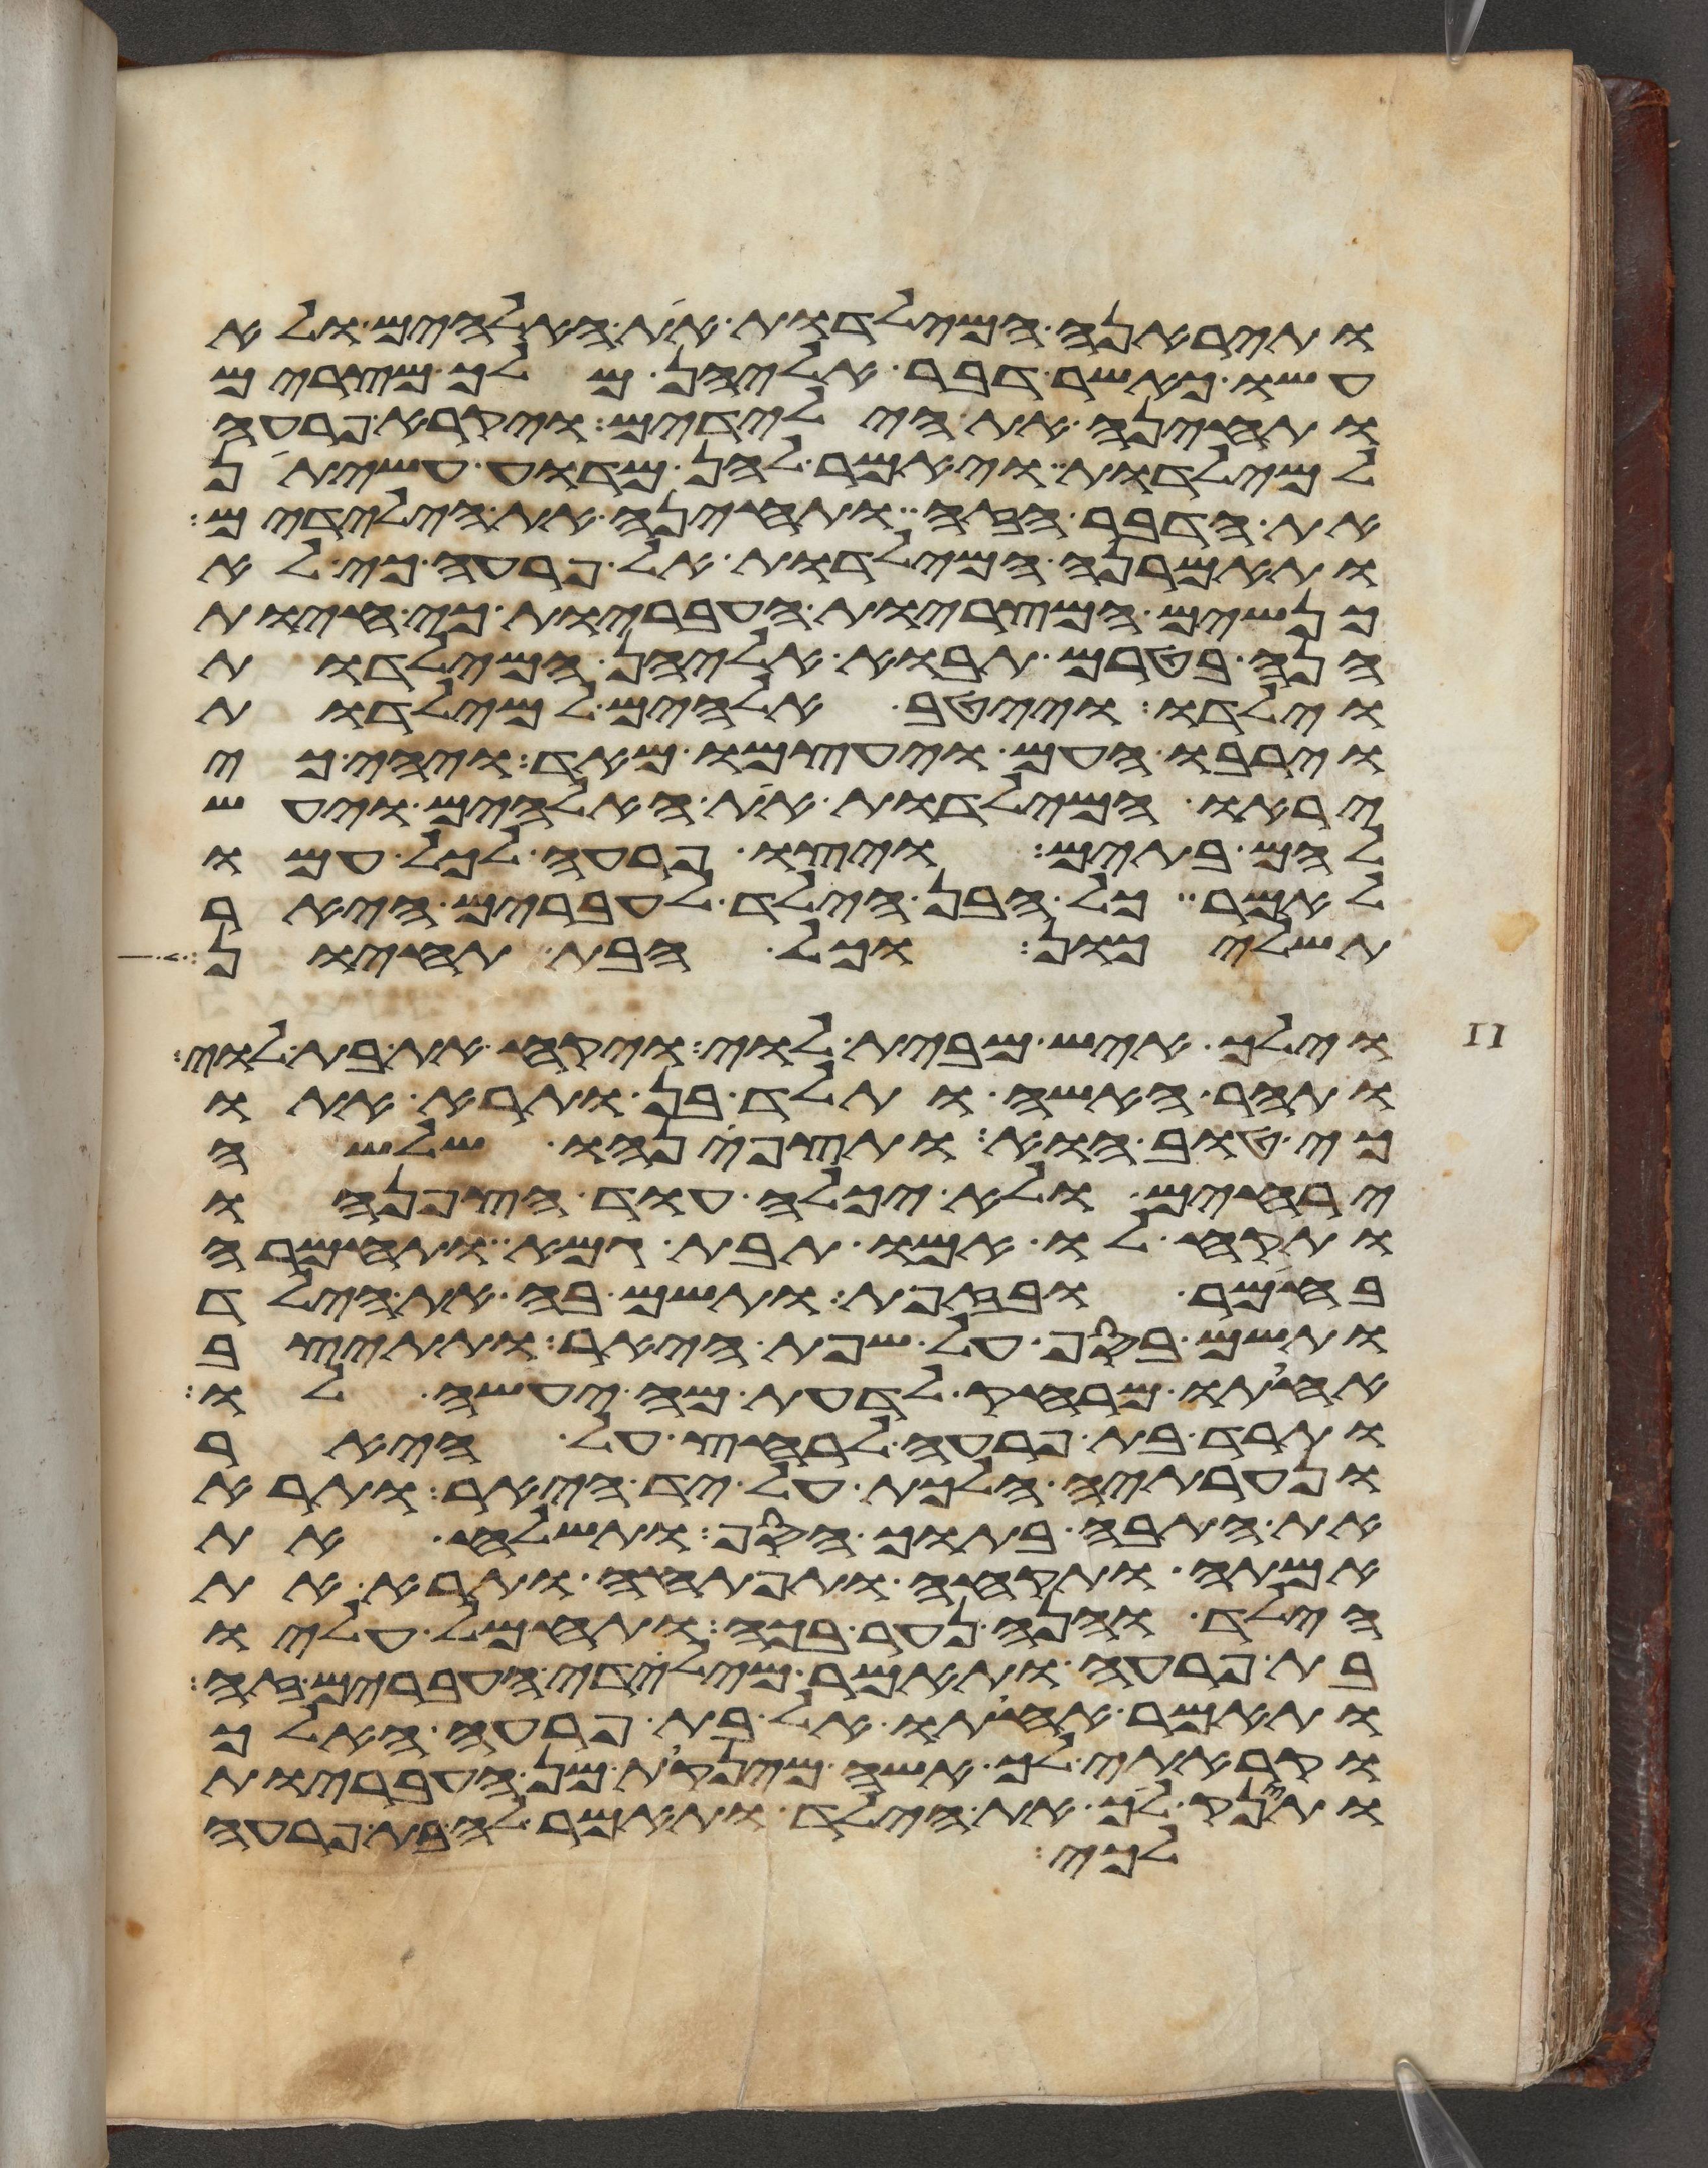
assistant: ותיראנה המילדות את האלהים ולא
עשו כאשר דבר אליהן מלך מצרים
ותחינה את הילדים ויקרא פרעה
למילדות ויאמר להן מדוע עשיתן
את הדבר הזה ותחינה את הילדים
ותאמרנה המילדות אל פרעה כי לא
כנשים המצריות העבריות כי חיות
הנה בטרם תבוא אליהן המילדות
וילדו וייטב אלהים למילדות
וירבו העם ויעצמו מאד ויהי כי
יראו המילדות את האלהים ויעש
להם בתים ויצו פרעה לכל עמו
לאמר כל הבן הילד לעברים היאר
תשליכון וכל הבת תחיון
וילך איש מבית לוי ויקח את בת לוי
ותהר האשה ותלד בן ותרא אתו
כי טוב הוא ותצפנהו שלשה
ירחים ולא יכלה עוד הצפנהו
ותקח לו אמו תבת גמא ותחמרה
בחימר ובזפת ותשם בה את הילד
ותשם בסף על שפת היאר ותתיצב
אחותו מרחק לדעת מה יעשה לו
ותרד בת פרעה לרחץ על היאר
ונערתיה הלכת על יד היאר ותרא
את התבה בתוך הסף ותשלח את
אמתה ותקחה ותפתחה ותרא את
הילד והנה נער בכה ותחמל עליו
בת פרעה ותאמר מילדי העברים זה
ותאמר אחותו אל בת פרעה האלך
וקראתי ליך אשה מינקות מן העבריות
ותינק ליך את הילד ותאמר לה בת פרעה
לכי